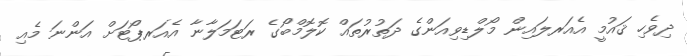
ދިވެހި ޤައުމީ އެއަރލައިން މޯލްޑިވިއަންގެ ދަތުރުތައް ކޮލޮމްބޯގެ ރަޓަމަލާނާ އެއަރޕޯޓަށް އަންނަ މެއި